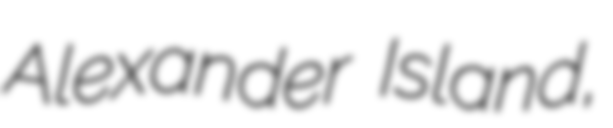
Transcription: Alexander Island,